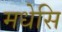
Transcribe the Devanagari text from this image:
मधेसि